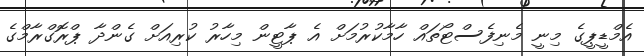
އެމްޑީޕީގެ މިނީ މެނިފެސްޓޯތައް ހާމާކުރުމަށް އެ ޕާޓީން މިހާރު ކުރިއަށް ގެންދާ ޕްރޮގްރާމްގެ